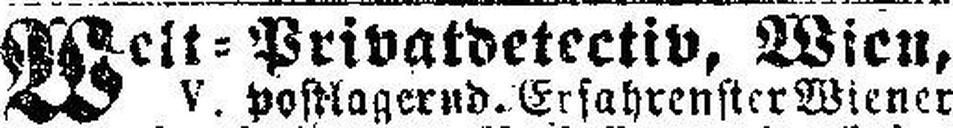
Weit = Privatdetectiv, Wien,